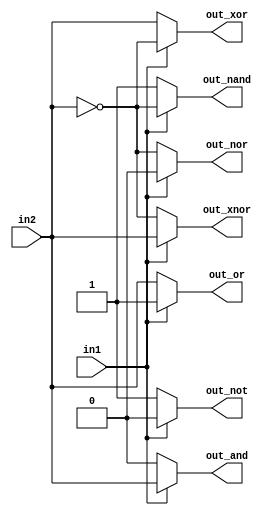
`timescale 1ns / 1ps
//////////////////////////////////////////////////////////////////////////////////
// Company: 
// Engineer: 
// 
// Design Name: 
// Module Name: gate_realization_using_2x1_mux
// Project Name: 
// Target Devices: 
// Tool Versions: 
// Description: 
// 
// Dependencies: 
// 
// Revision:
// Revision 0.01 - File Created
// Additional Comments:
// 
//////////////////////////////////////////////////////////////////////////////////


module gate_realization_using_2x1_mux(
    input in1, in2,
    output out_not, out_or, out_and, out_nor, out_nand, out_xor, out_xnor
    );
    
    // NOT Gate
    assign out_not = in1 ? 1'b0 : 1'b1;
    
    // OR Gate
    assign out_or = in1 ? 1'b1 : in2;
    
    // AND Gate
    assign out_and = in1 ? in2 : 1'b0;
    
    // NOR Gate
    assign out_nor = in1 ? 1'b0 : ~in2;
    
    // NAND Gate
    assign out_nand = in1 ? ~in2 :1'b1;
    
    // XOR Gate
    assign out_xor = in1 ? ~in2 : in2;
    
    // XNOR Gate
    assign out_xnor = in1 ? in2 : ~in2;
endmodule